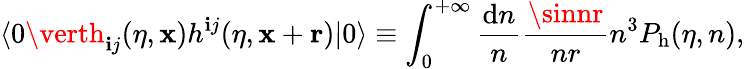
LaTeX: \langle0\verth_{\mathbf{i}j}(\eta,{\mathbf{x}})h^{\mathbf{i}j}(\eta,{\mathbf{x}}+{\mathbf{r}})\vert0\rangle\equiv\int_{0}^{+\infty}\frac{{\mathrm{{d}}n}}{{n}}\frac{{\sinnr}}{{nr}}n^{3}P_{\mathrm{{h}}}(\eta,n),